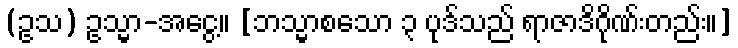
(ဥသ) ဥသ္မာ-အငွေ့။ [ဘသ္မာစသော ၃ ပုဒ်သည် ရာဇာဒိဂိုဏ်းတည်း။]